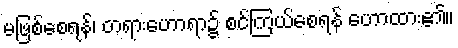
မဖြစ်စေရန်၊ တရားဟောရာ၌ စင်ကြယ်စေရန် ဟောထား၏။